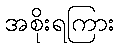
အစိုးရကြား